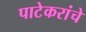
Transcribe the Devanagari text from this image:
पाटेकरांचे